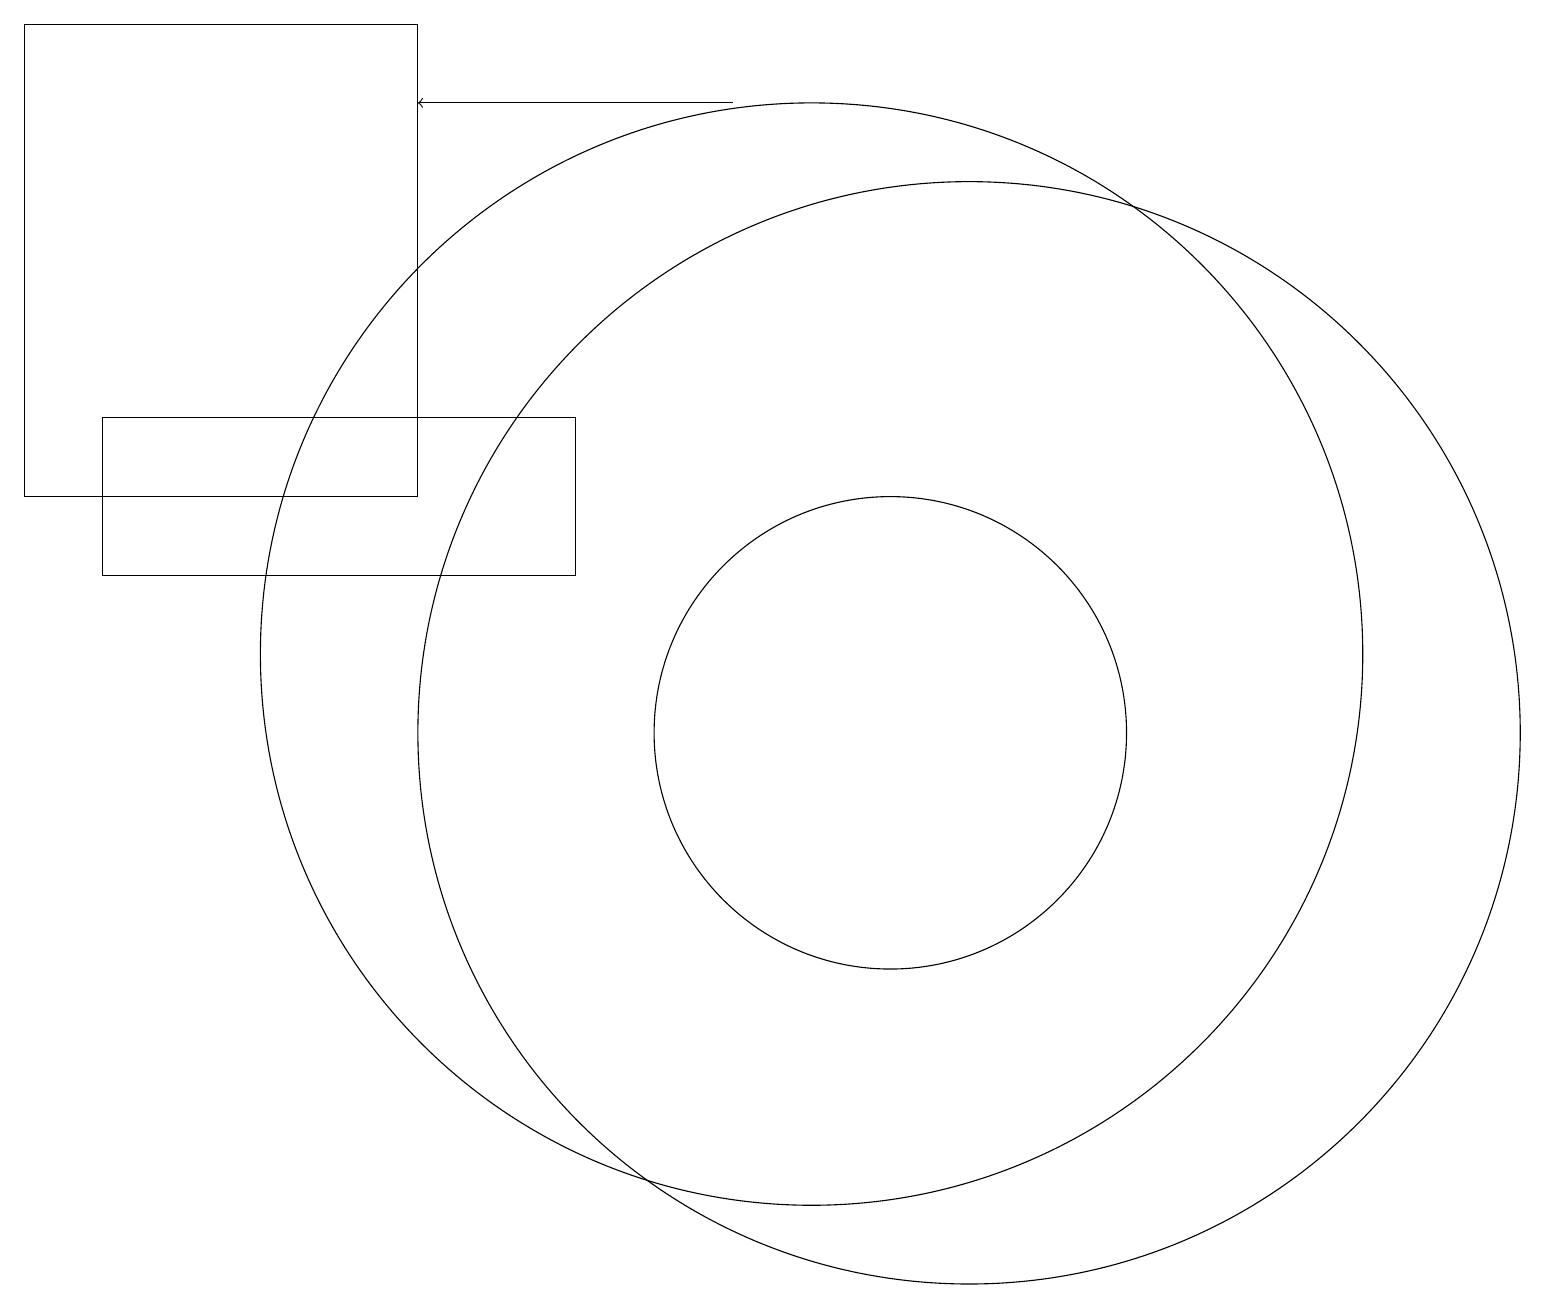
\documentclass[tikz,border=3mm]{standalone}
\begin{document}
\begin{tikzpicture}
\draw[->] (9,18) -- (5,18);
\draw (12,10) circle (7);
\draw (7,14) rectangle (1,12);
\draw (5,13) rectangle (0,19);
\draw (10,11) circle (7);
\draw (11,10) circle (3);
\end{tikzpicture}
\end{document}